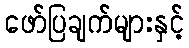
ဖော်ပြချက်များနှင့်